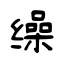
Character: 缲